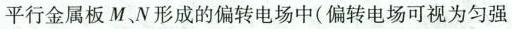
平行金属板M、N形成的偏转电场中(偏转电场可视为匀强